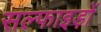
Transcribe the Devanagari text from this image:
सल्फाइड़ों